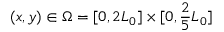
( x , y ) \in \Omega = [ 0 , 2 L _ { 0 } ] \times [ 0 , \frac 2 5 L _ { 0 } ]